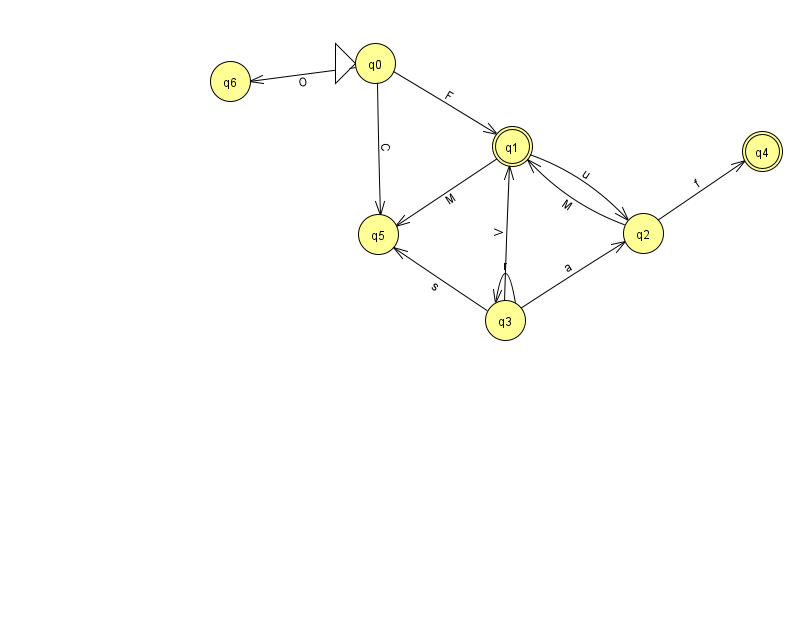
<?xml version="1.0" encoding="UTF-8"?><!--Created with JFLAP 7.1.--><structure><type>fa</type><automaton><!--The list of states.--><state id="0" name="q0"><x>375.0</x><y>50.0</y><initial/></state><state id="1" name="q1"><x>512.0</x><y>133.0</y><final/></state><state id="2" name="q2"><x>643.0</x><y>220.0</y></state><state id="3" name="q3"><x>505.0</x><y>307.0</y></state><state id="4" name="q4"><x>762.0</x><y>138.0</y><final/></state><state id="5" name="q5"><x>378.0</x><y>221.0</y></state><state id="6" name="q6"><x>230.0</x><y>68.0</y></state><!--The list of transitions.--><transition><from>0</from><to>6</to><read>O</read></transition><transition><from>2</from><to>1</to><read>M</read></transition><transition><from>3</from><to>2</to><read>a</read></transition><transition><from>0</from><to>1</to><read>F</read></transition><transition><from>3</from><to>3</to><read>r</read></transition><transition><from>1</from><to>5</to><read>M</read></transition><transition><from>3</from><to>5</to><read>s</read></transition><transition><from>1</from><to>2</to><read>u</read></transition><transition><from>3</from><to>1</to><read>V</read></transition><transition><from>0</from><to>5</to><read>C</read></transition><transition><from>2</from><to>4</to><read>f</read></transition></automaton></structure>